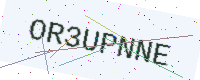
Text: OR3UPNNE